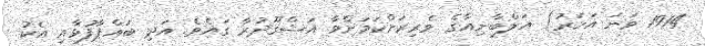
1914 ވަނަ އަހަރު) އަލްބާނިއާގެ ވެރިރަށްކަމަށްވާ އަޝްޤޫދުރާ ގައެވެ. އަދި ބައްޕާފުޅާއި އެކު